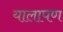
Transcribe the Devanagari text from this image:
यालापण